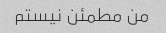
من مطمئن نیستم